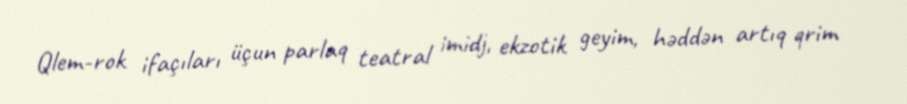
Qlem-rok ifaçıları üçun parlaq teatral imidj, ekzotik geyim, həddən artıq qrim